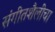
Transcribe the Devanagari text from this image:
संगीतशैलीचा